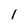
Character: 1